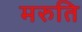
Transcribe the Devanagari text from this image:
मरुति